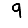
Digit: 9